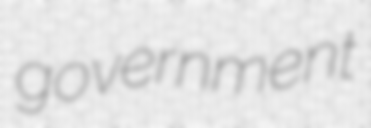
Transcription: government